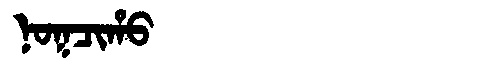
Manchu: ᠨᠣᡴᠴᡳᡥᠣ
Romanization: NOKCIHO